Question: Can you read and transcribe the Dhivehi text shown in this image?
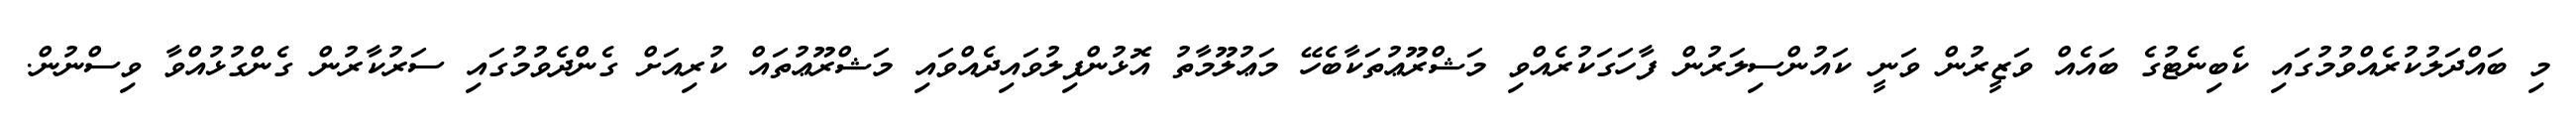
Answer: މި ބައްދަލުކުރެއްވުމުގައި ކެބިނެޓުގެ ބައެއް ވަޒީރުން ވަނީ ކައުންސިލަރުން ފާހަގަކުރެއްވި މަޝްރޫޢުތަކާބެހޭ މަޢުލޫމާތު އޮޅުންފިލުވައިދެއްވައި މަޝްރޫޢުތައް ކުރިއަށް ގެންދެވުމުގައި ސަރުކާރުން ގެންގުޅުއްވާ ވިސްނުން.